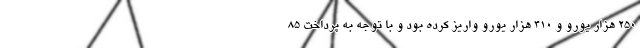
٢۵٠ هزار یورو و ۴١٠ هزار یورو واریز کرده بود و با توجه به پرداخت ٨۵